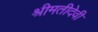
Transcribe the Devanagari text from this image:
श्रीमतीदेवी